Report of the Indian Hemp Drugs Commission, 1894-1895 - Volume I
Year: 1894
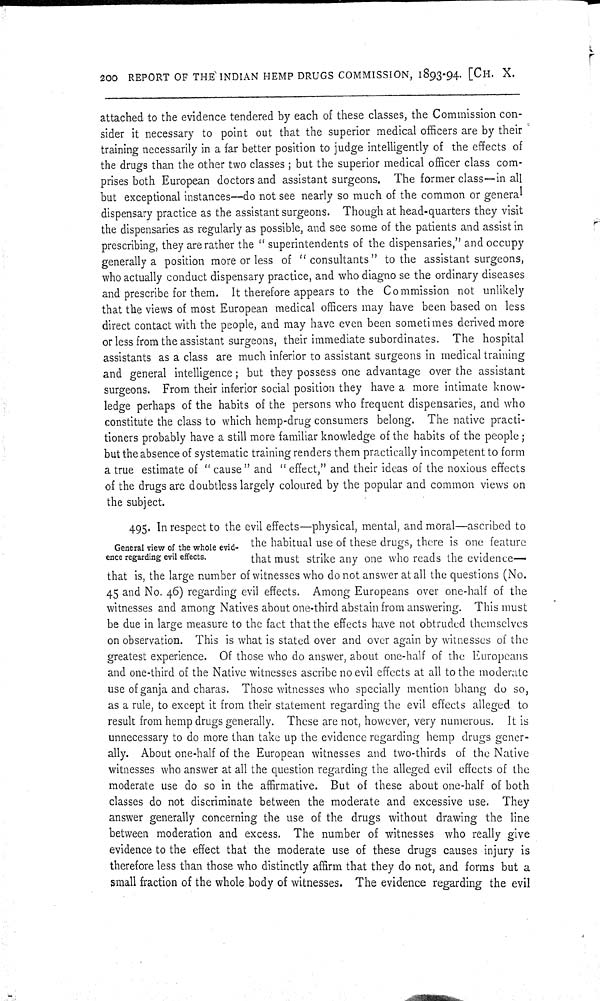
200 REPORT OF THE INDIAN HEMP DRUGS COMMISSION, 1893-94. [CH. X.
attached to the evidence tendered by each of these classes, the Commission con-
sider it necessary to point out that the superior medical officers are by their
training necessarily in a far better position to judge intelligently of the effects of
the drugs than the other two classes; but the superior medical officer class com-
prises both European doctors and assistant surgeons. The former class—in all
but exceptional instances—do not see nearly so much of the common or general
dispensary practice as the assistant surgeons. Though at head-quarters they visit
the dispensaries as regularly as possible, and see some of the patients and assist in
prescribing, they are rather the "superintendents of the dispensaries," and occupy
generally a position more or less of "consultants" to the assistant surgeons,
who actually conduct dispensary practice, and who diagno se the ordinary diseases
and prescribe for them. It therefore appears to the Commission not unlikely
that the views of most European medical officers may have been based on less
direct contact with the people, and may have even been sometimes derived more
or less from the assistant surgeons, their immediate subordinates. The hospital
assistants as a class are much inferior to assistant surgeons in medical training
and general intelligence; but they possess one advantage over the assistant
surgeons. From their inferior social position they have a more intimate know-
ledge perhaps of the habits of the persons who frequent dispensaries, and who
constitute the class to which hemp-drug consumers belong. The native practi-
tioners probably have a still more familiar knowledge of the habits of the people;
but the absence of systematic training renders them practically incompetent to form
a true estimate of "cause" and "effect," and their ideas of the noxious effects
of the drugs are doubtless largely coloured by the popular and common views on
the subject.
General view of the whole evid-
ence regarding evil effects.
495. In respect to the evil effects—physical, mental, and moral—ascribed to
the habitual use of these drugs, there is one feature
that must strike any one who reads the evidence—
that is, the large number of witnesses who do not answer at all the questions (No.
45 and No. 46) regarding evil effects. Among Europeans over one-half of the
witnesses and among Natives about one-third abstain from answering. This must
be due in large measure to the fact that the effects have not obtruded themselves
on observation. This is what is stated over and over again by witnesses of the
greatest experience. Of those who do answer, about one-half of the Europeans
and one-third of the Native witnesses ascribe no evil effects at all to the moderate
use of ganja and charas. Those witnesses who specially mention bhang do so,
as a rule, to except it from their statement regarding the evil effects alleged to
result from hemp drugs generally. These are not, however, very numerous. It is
unnecessary to do more than take up the evidence regarding hemp drugs gener-
ally. About one-half of the European witnesses and two-thirds of the Native
witnesses who answer at all the question regarding the alleged evil effects of the
moderate use do so in the affirmative. But of these about one-half of both
classes do not discriminate between the moderate and excessive use. They
answer generally concerning the use of the drugs without drawing the line
between moderation and excess. The number of witnesses who really give
evidence to the effect that the moderate use of these drugs causes injury is
therefore less than those who distinctly affirm that they do not, and forms but a
small fraction of the whole body of witnesses. The evidence regarding the evil